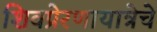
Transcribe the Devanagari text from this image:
शिवप्रेरणायात्रेचे